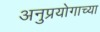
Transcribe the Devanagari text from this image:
अनुप्रयोगाच्या